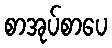
စာအုပ်စာပေ